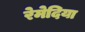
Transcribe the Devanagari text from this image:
रेमेदिया